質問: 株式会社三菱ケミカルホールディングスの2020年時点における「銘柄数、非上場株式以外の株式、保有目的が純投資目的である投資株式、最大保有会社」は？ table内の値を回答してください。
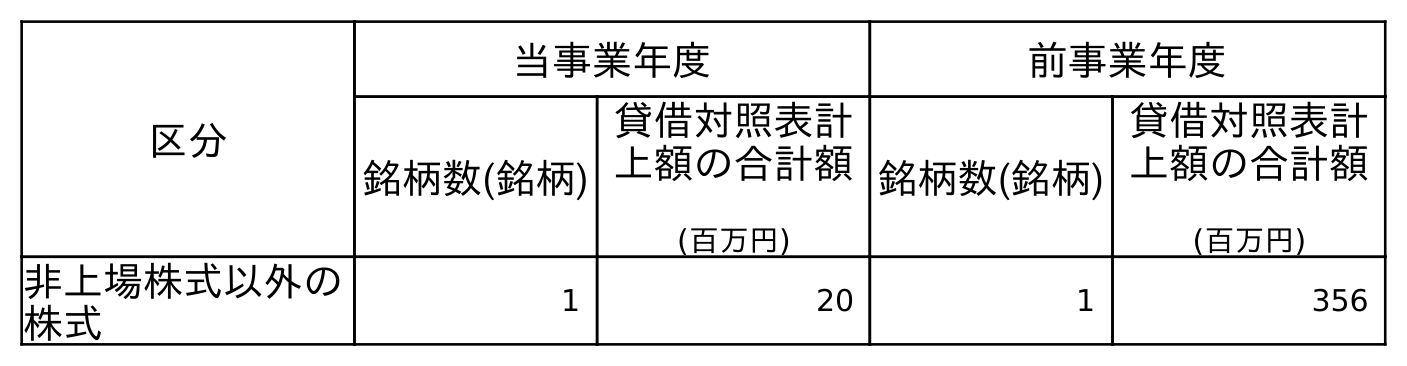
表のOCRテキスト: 区分 当事業年度 前事業年度 銘柄数(銘柄) 貸借対照表計 上額の合計額 (百万円) 銘柄数(銘柄) 貸借対照表計 上額の合計額 (百万円) 非上場株式以外の 株式 1 20 1 356
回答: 1